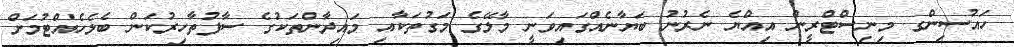
ހައުސިންގ މިނިސްޓްރީން އިއްޔެ ނެރުނު ބަޔާނެއްގައިވަނީ މާލޭގެ މަގުތަކާއި މައިދާންތަކުގެ ސާފުތާހިރުކަން ބެލެހެއްޓުމަށް